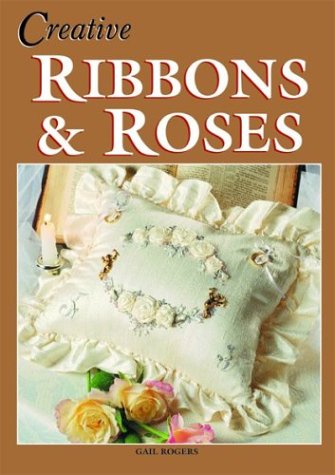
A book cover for Creative Ribbons & Roses; Gail Rogers; Crafts, Hobbies & Home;